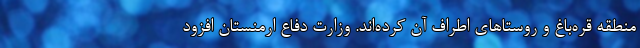
منطقه قره‌باغ و روستاهای اطراف آن کرده‌اند. وزارت دفاع ارمنستان افزود